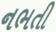
નભતી